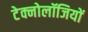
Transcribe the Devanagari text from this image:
टेक्नोलॉजियों